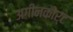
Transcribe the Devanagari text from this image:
अगीनकोर्ट